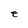
Character: E